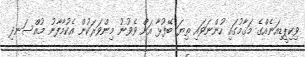
ވިކިޕީޑިއަނެއްގެ މަޤާމުގައި ހުންނަވައި ތިޔަ ބޭފުޅާ އަށް ވެވުނު މިންވަރަކުން އެކުމާފާނު މުއްސަނދި